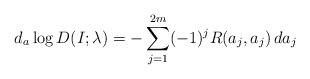
LaTeX: \begin{align*}d_a \log D(I;\lambda) = - \sum_{j=1}^{2m} (-1)^j R(a_j,a_j)\, da_j\end{align*}